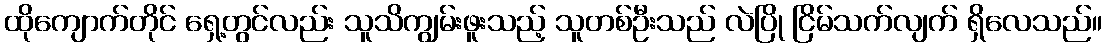
ထိုကျောက်တိုင် ရှေ့တွင်လည်း သူသိကျွမ်းဖူးသည့် သူတစ်ဦးသည် လဲပြို ငြိမ်သက်လျက် ရှိလေသည်။